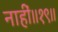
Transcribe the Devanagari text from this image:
नाहीं॥१९॥